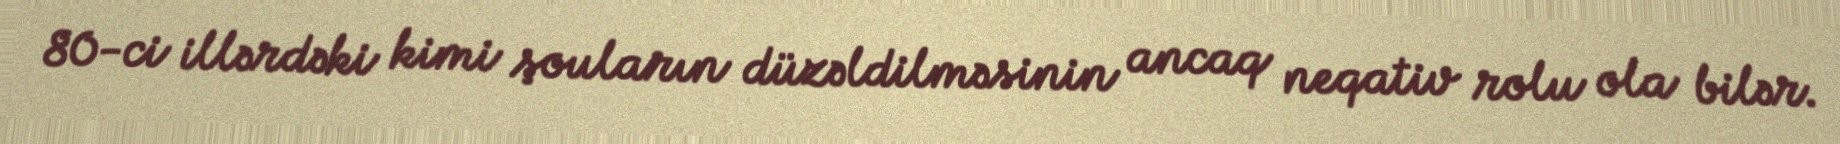
80-ci illərdəki kimi şouların düzəldilməsinin ancaq neqativ rolu ola bilər.